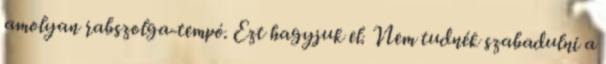
amolyan rabszolga-tempó. Ezt hagyjuk el. Nem tudnék szabadulni a